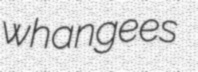
whangees